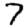
Digit: 7